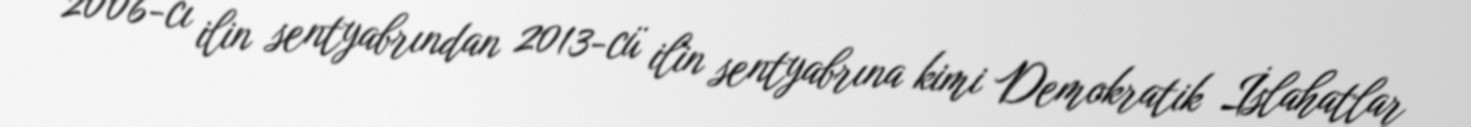
2006-cı ilin sentyabrından 2013-cü ilin sentyabrına kimi Demokratik İslahatlar